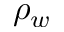
\rho _ { w }